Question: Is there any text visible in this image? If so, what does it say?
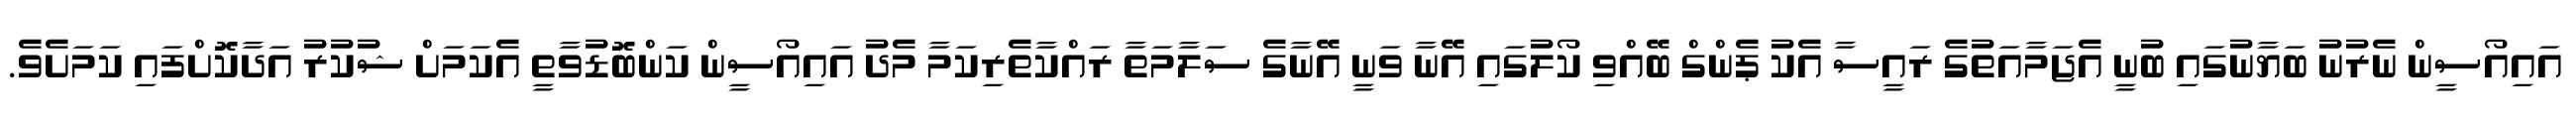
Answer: އައިއޯސީން ނެރުނު ބަޔާނުގައި ބުނީ އެޖަމާއަތުގެ ރައީސާ އެކު ޕެންގް ބޭއްވި ކޯލުގައި އޭނާ ވަނީ އޭނާގެ ސަލާމަތާ ރައްކާތެރިކަމާ މެދު އައިއޯސީން ކަންބޮޑުވާތީ އެކަމަށް ޝުކުރު އަދާކޮށްފައި ކަމަށެވެ.